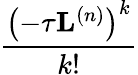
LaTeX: \frac{\left(-\tau\mathbf{L}^{\left(n\right)}\right)^{k}}{k!}